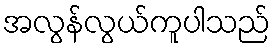
အလွန်လွယ်ကူပါသည်